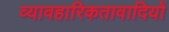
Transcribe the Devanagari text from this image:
व्यावहारिकतावादियों